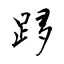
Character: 跢